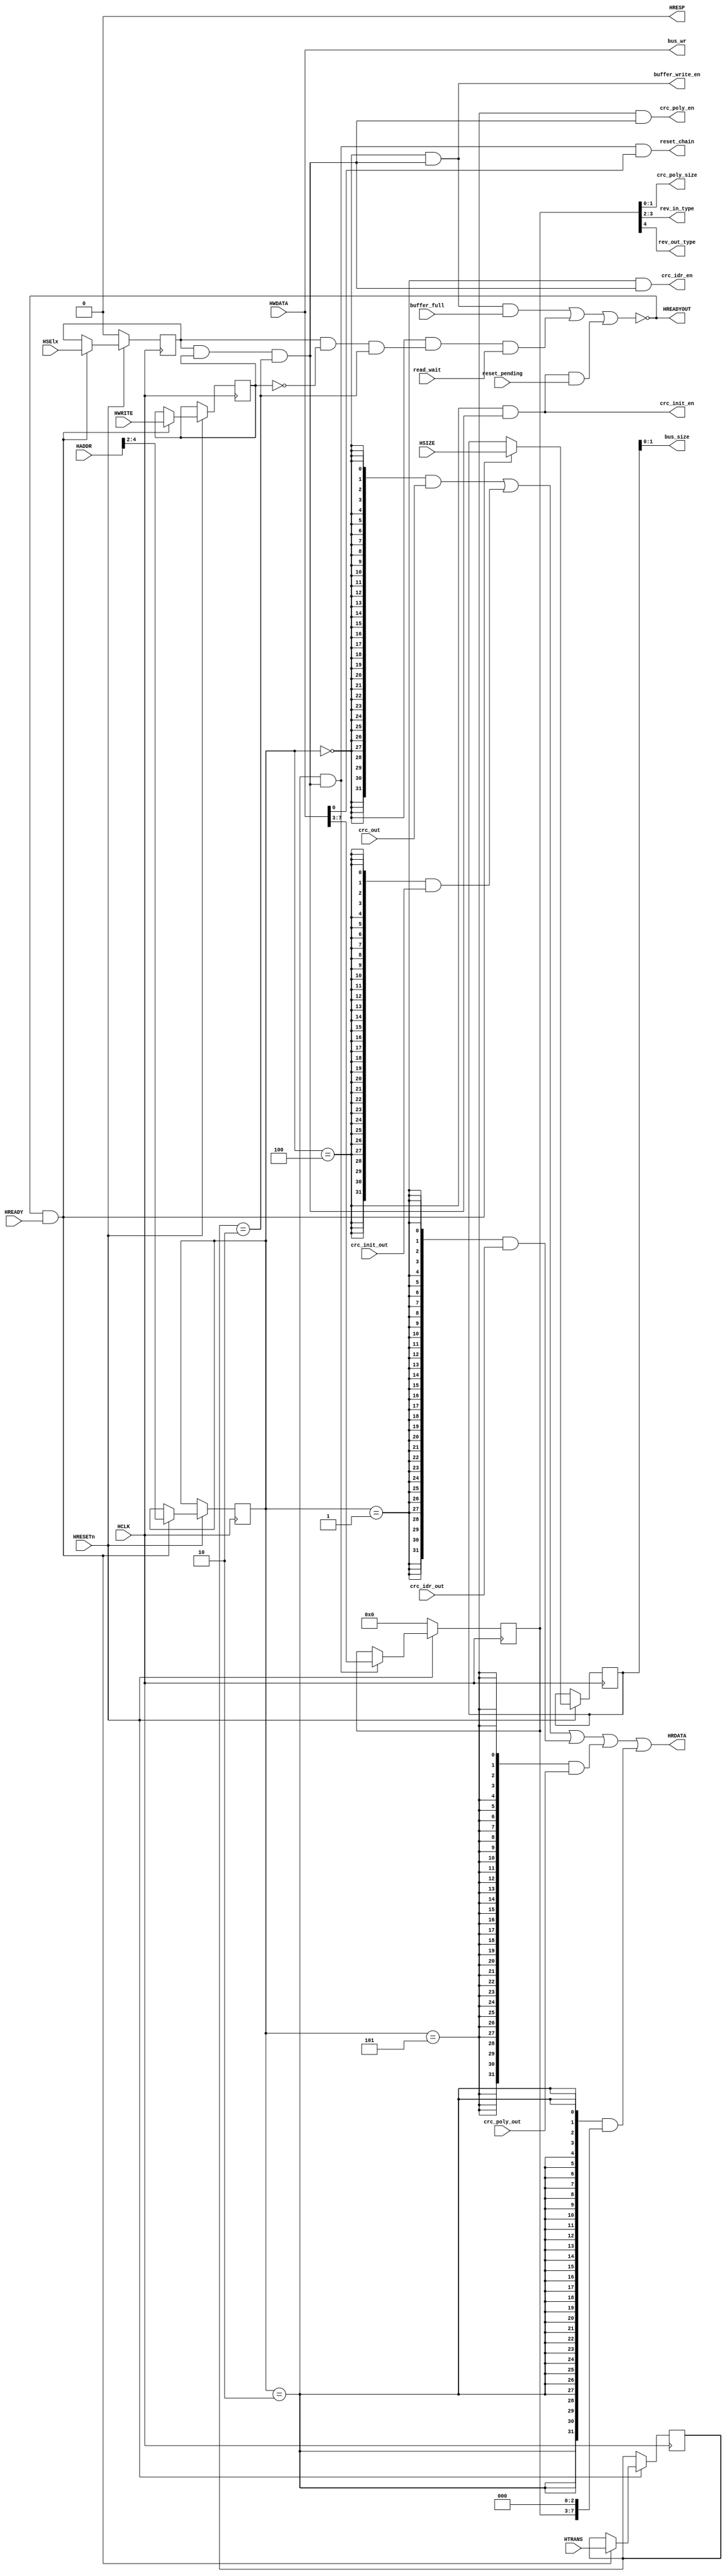
//////////////////////////////////////////////////////////////////
////
////
//// 	CRCAHB CORE BLOCK
////
////
////
//// This file is part of the APB to I2C project
////
//// http://www.opencores.org/cores/apbi2c/
////
////
////
//// Description
////
//// Implementation of APB IP core according to
////
//// crcahb IP core specification document.
////
////
////
//// To Do: Things are right here but always all block can suffer changes
////
////
////
////
////
//// Author(s): -  Julio Cesar 
////
///////////////////////////////////////////////////////////////// 
////
////
//// Copyright (C) 2009 Authors and OPENCORES.ORG
////
////
////
//// This source file may be used and distributed without
////
//// restriction provided that this copyright statement is not
////
//// removed from the file and that any derivative work contains
//// the original copyright notice and the associated disclaimer.
////
////
//// This source file is free software; you can redistribute it
////
//// and/or modify it under the terms of the GNU Lesser General
////
//// Public License as published by the Free Software Foundation;
//// either version 2.1 of the License, or (at your option) any
////
//// later version.
////
////
////
//// This source is distributed in the hope that it will be
////
//// useful, but WITHOUT ANY WARRANTY; without even the implied
////
//// warranty of MERCHANTABILITY or FITNESS FOR A PARTICULAR
////
//// PURPOSE. See the GNU Lesser General Public License for more
//// details.
////
////
////
//// You should have received a copy of the GNU Lesser General
////
//// Public License along with this source; if not, download it
////
//// from http://www.opencores.org/lgpl.shtml
////
////
///////////////////////////////////////////////////////////////////
module host_interface
(
	//OUTPUTS
	output [31:0] HRDATA,
	output HREADYOUT,
	output HRESP,
	output [31:0] bus_wr,
	output [ 1:0] crc_poly_size,
	output [ 1:0] bus_size,
	output [ 1:0] rev_in_type,
	output rev_out_type,
	output crc_init_en,
	output crc_idr_en,
	output crc_poly_en,
	output buffer_write_en,
	output reset_chain,
	//INPUTS
	input [31:0] HWDATA,
	input [31:0] HADDR,
	input [ 2:0] HSIZE,
	input [ 1:0] HTRANS,
	input HWRITE,
	input HSElx,
	input HREADY,
	input HRESETn,
	input HCLK,
	input [31:0] crc_poly_out,
	input [31:0] crc_out,
	input [31:0] crc_init_out,
	input [ 7:0] crc_idr_out,
	input buffer_full,
	input reset_pending,
	input read_wait
);

//Reset Values
localparam RESET_CRC_CR = 6'h00;

//CRC Register Map
localparam CRC_DR   = 3'h0;
localparam CRC_IDR  = 3'h1;
localparam CRC_CR   = 3'h2;
localparam CRC_INIT = 3'h4;
localparam CRC_POL  = 3'h5;

//Transfer Type Encoding
localparam IDLE    = 2'b00;
localparam BUSY    = 2'b01;
localparam NON_SEQ = 2'b10;
localparam SEQ     = 2'b11;

//HRESP Encoding
localparam OK    = 1'b0;
localparam ERROR = 1'b1;

//Pipeline flops
reg [2:0] haddr_pp;
reg [2:0] hsize_pp;
reg [1:0] htrans_pp;
reg hwrite_pp;
reg hselx_pp;

//Flops
reg [4:0] crc_cr_ff;

//Internal Signals
wire [31:0] crc_cr_rd;
wire crc_dr_sel;
wire crc_init_sel;
wire crc_idr_sel;
wire crc_poly_sel;
wire crc_cr_sel;
wire ahb_enable;
wire write_en;
wire read_en;
wire crc_cr_en;
wire sample_bus;
wire buffer_read_en;

//Pipeline Registers for Address Phase of AHB Protocol
always @(posedge HCLK)
	begin
		if(!HRESETn)
			begin
				hselx_pp <= 1'b0;
			end
		else
			if(sample_bus)
				begin
					haddr_pp  <= HADDR[4:2];
					hsize_pp  <= HSIZE;
					htrans_pp <= HTRANS;
					hwrite_pp <= HWRITE;
					hselx_pp  <= HSElx;
				end
	end

//Enable Signals
assign ahb_enable = (htrans_pp == NON_SEQ);
assign write_en = hselx_pp &&  hwrite_pp && ahb_enable;
assign read_en  = hselx_pp && !hwrite_pp && ahb_enable;

//Registers decoding
assign crc_dr_sel   = (haddr_pp == CRC_DR  );
assign crc_init_sel = (haddr_pp == CRC_INIT);
assign crc_idr_sel  = (haddr_pp == CRC_IDR );
assign crc_poly_sel = (haddr_pp == CRC_POL );
assign crc_cr_sel   = (haddr_pp == CRC_CR  );

//Write Esnables Signals for Registers
assign buffer_write_en = crc_dr_sel   && write_en;
assign crc_init_en     = crc_init_sel && write_en;
assign crc_idr_en      = crc_idr_sel  && write_en;
assign crc_poly_en     = crc_poly_sel && write_en;
assign crc_cr_en       = crc_cr_sel   && write_en;

//Indicates reading operation request to crc_dr register
assign buffer_read_en = crc_dr_sel && read_en;

//Bus Size is the output of HSIZE pipeline register
assign bus_size = hsize_pp;

//The Write Bus is not pipelined
assign bus_wr = HWDATA;

//HREADY Signal outputed to Master
assign HREADYOUT = !((buffer_write_en && buffer_full   ) ||
                     (buffer_read_en  && read_wait     ) ||
                     (crc_init_en     && reset_pending ) );

//Signal to control sampling of bus
assign sample_bus = HREADYOUT && HREADY;

//HRESP Signal outputed to Master
//This implementation never signalize bus error to master
assign HRESP = OK;

//CRC_CR Data Read
assign crc_cr_rd = {24'h0, crc_cr_ff[4:0], 3'h0};

//Mux to HRDATA
assign HRDATA = ({32{crc_dr_sel  }} & crc_out             ) |
                ({32{crc_init_sel}} & crc_init_out        ) |
                ({32{crc_idr_sel }} & {24'h0, crc_idr_out}) |
                ({32{crc_poly_sel}} & crc_poly_out        ) |
                ({32{crc_cr_sel  }} & crc_cr_rd           ) ;

//Control Register
always @(posedge HCLK)
	begin
		if(!HRESETn)
			crc_cr_ff <= RESET_CRC_CR;
		else
			if(crc_cr_en)
				crc_cr_ff <= {HWDATA[7], HWDATA[6:5], HWDATA[4:3]};
	end

//Configuration Signals
assign reset_chain   = (crc_cr_en && HWDATA[0]);
assign crc_poly_size = crc_cr_ff[1:0];
assign rev_in_type   = crc_cr_ff[3:2];
assign rev_out_type  = crc_cr_ff[4];

endmodule